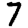
Digit: 7